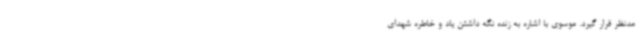
مدنظر قرار گیرد. موسوی با اشاره به زنده نگه داشتن یاد و خاطره شهدای